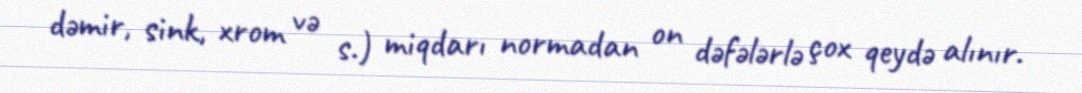
dəmir, sink, xrom və s.) miqdarı normadan on dəfələrlə çox qeydə alınır.